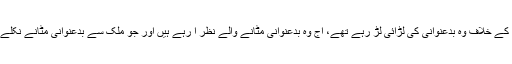
سب سے دلچسپ بات یہ ہے کہ جس کے خلاف وہ بدعنوانی کی لڑائی لڑ رہے تھے، آج وہ بدعنوانی مٹانے والے نظر آ رہے ہیں اور جو ملک سے بدعنوانی مٹانے نکلے تھے وہی بدعنوان ثابت ہو رہے ہیں۔